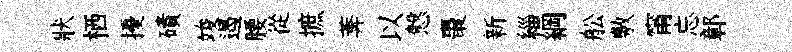
狀栖擾磧竣遏腰從摭莾以慤棗新緇綱舩敷甯忘鄣